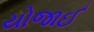
યોજાઈ